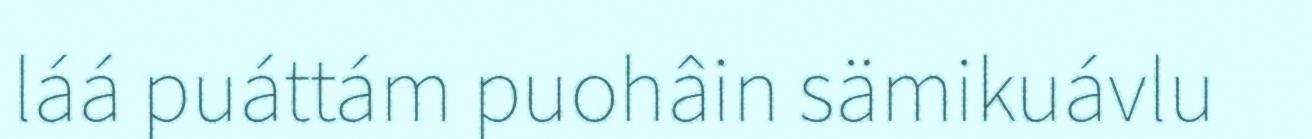
láá puáttám puohâin sämikuávlu